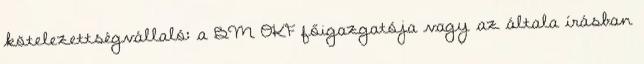
kötelezettségvállaló: a BM OKF főigazgatója vagy az általa írásban